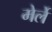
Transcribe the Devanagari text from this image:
मेर्ले